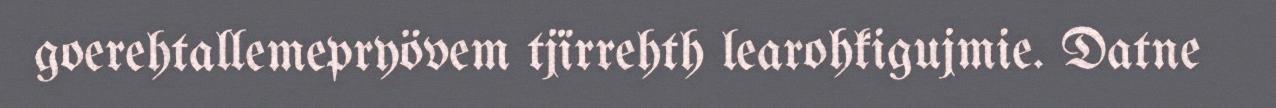
goerehtallemepryövem tjïrrehth learohkigujmie. Datne